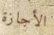
الأجازة